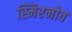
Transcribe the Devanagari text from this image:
स्मिरनोव